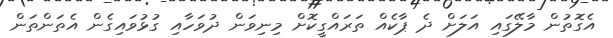
އެގޮތުން މާލޭގައި އަލަށް ދެ ޕާކެއް ތަރައްގީކޮށް މިނިވަން ދުވަހާއި ގުޅުވައިގެން އެތަންތަން